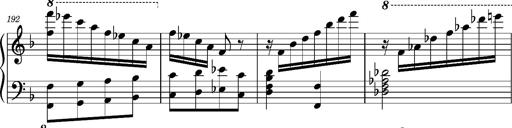
Title: Ungarischer Romanzero
Composer: Franz Liszt